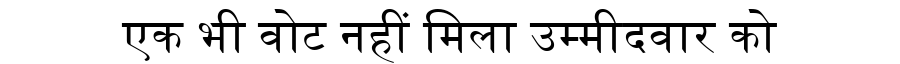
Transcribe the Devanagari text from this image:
एक भी वोट नहीं मिला उम्मीदवार को